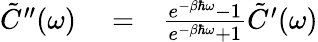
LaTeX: \begin{array}{rlr}{\tilde{C}^{\prime\prime}(\omega)}&{{}=}&{\frac{e^{-\beta\hbar\omega}-1}{e^{-\beta\hbar\omega}+1}\tilde{C}^{\prime}(\omega)}\end{array}